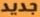
جديد